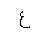
Letter: _ayn